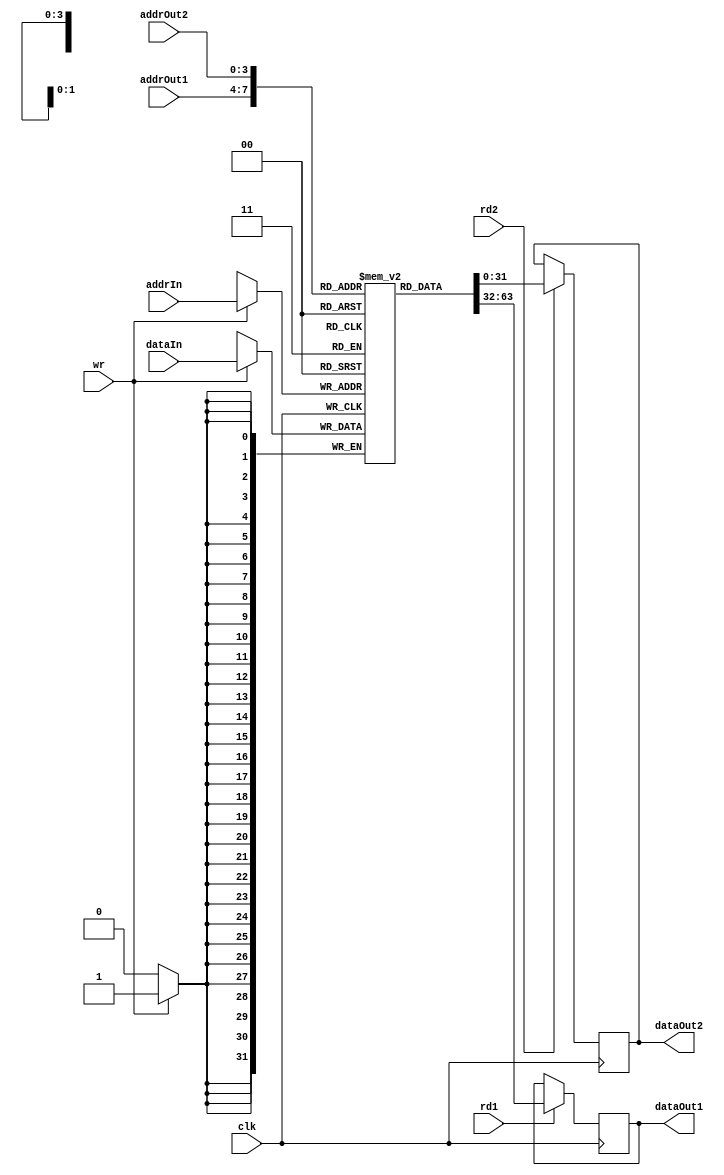
/*
  Manipulate the registers

  Input:
    clk		: clock signal
    addrIn  : 4-bit input address
    addrOut1: 4-bit output address
	 addrOut2: 4-bit output address
    dataIn  : 32-bit input data
    wr      : write signal
    rd1, rd2: read signals

  Output:
    dataOut1: data at the requested address #1
	 dataOut2: data at the requested address #2
*/
module registers(
	input wire clk,
	input wire [3:0] addrIn,
	input wire [3:0] addrOut1, addrOut2,
	input wire [31:0] dataIn,
	input wire wr, rd1, rd2,
	output wire [31:0] dataOut1, dataOut2) ;
	
	reg [31:0] ram [0:15];
	reg [31:0] out1, out2;
	
	integer i;		

	assign dataOut1 = out1;
	assign dataOut2 = out2;
	
	// Initial Block
	initial begin
		for (i=0; i < 16; i = i + 1) 
			ram[i] = 32'b0;
	end
	
	always @(posedge clk) begin
		if (wr)
			ram[addrIn] <= dataIn;
		if (rd1)
			out1 <= ram[addrOut1];
		if (rd2)
			out2 <= ram[addrOut2];
	end
endmodule

module registers_testbench();
	reg clk, wr, rd1, rd2;
	reg [3:0] addrIn, addrOut1, addrOut2;
	reg [31:0] dataIn;
	wire[31:0] dataOut1, dataOut2;	

	registers dut(clk, addrIn, addrOut1, addrOut2, dataIn, wr, rd1, rd2, dataOut1, dataOut2);

	// Set up the clock.
	always begin
		clk = 1; #5; clk = 0; #5;
	end

	// Set up the inputs to the design. Each line is a clock cycle.
	integer i;
	initial begin
																					#10;
		addrIn <= 4; addrOut1 <= 4; addrOut2 <= 4; dataIn <= 20;
		wr <= 1; rd1 <= 1; rd2 <= 1;                        		#10;
																					#10;
						dataIn <= 30;                            		#10;
																					#10;
  end
endmodule